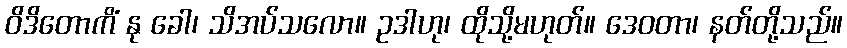
ဝိဒိတောကိံ နု ခေါ၊ သိအပ်သလော။ ဥဒါဟု၊ ထိုသို့မဟုတ်။ ဒေဝတာ၊ နတ်တို့သည်။